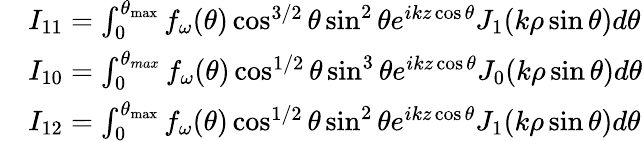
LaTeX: \begin{array}{rl}&{I_{11}=\int_{0}^{\theta_{\operatorname*{max}}}f_{\omega}(\theta)\cos^{3/2}\theta\sin^{2}\theta e^{ikz\cos\theta}J_{1}(k\rho\sin\theta)d\theta}\\ &{I_{10}=\int_{0}^{\theta_{max}}f_{\omega}(\theta)\cos^{1/2}\theta\sin^{3}\theta e^{ikz\cos\theta}J_{0}(k\rho\sin\theta)d\theta}\\ &{I_{12}=\int_{0}^{\theta_{\operatorname*{max}}}f_{\omega}(\theta)\cos^{1/2}\theta\sin^{2}\theta e^{ikz\cos\theta}J_{1}(k\rho\sin\theta)d\theta}\end{array}